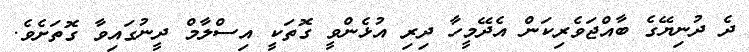
ދެ ދުނިޔޭގެ ބާއްޖަވެރިކަން އެދޭމީހާ ދިރި އުޅެންވީ ގޮތަކީ އިސްލާމް ދީނުގައިވާ ގޮތަށެވެ.